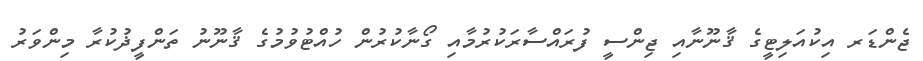
ޖެންޑަރ އިކުއަލިޓީގެ ޤާނޫނާއި ޖިންސީ ފުރައްސާރަކުރުމާއި ގޯނާކުރުން ހުއްޓުވުމުގެ ޤާނޫނު ތަންފީޛުކުރާ މިންވަރު